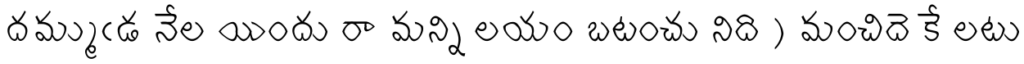
దమ్ముఁడ నేల యిందు రా మన్ని లయం బటంచు నిది ) మంచిదె కే లటు